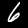
Digit: 6